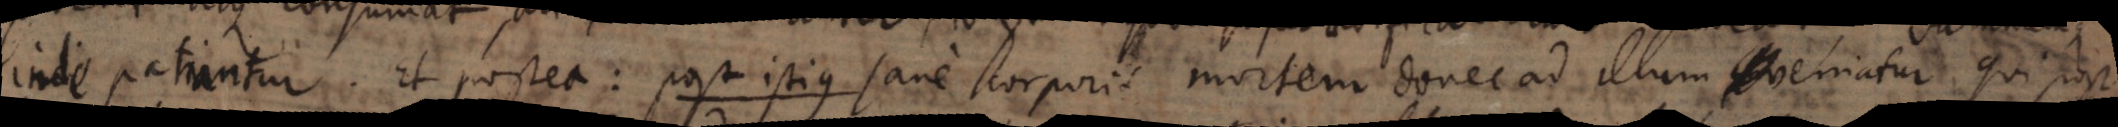
inde patiantur. Et postea: post istius sane corporis mortem donec ad illum veniatur, qui post